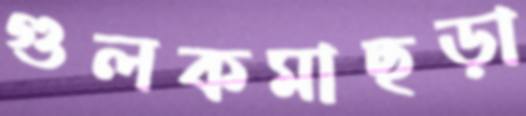
গুলকমাছড়া